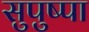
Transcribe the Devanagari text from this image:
सुपुष्पा